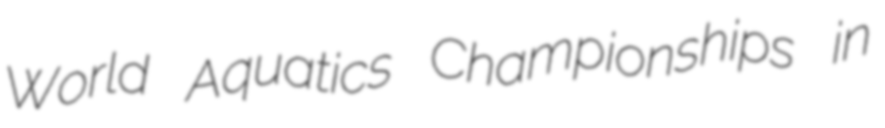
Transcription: World Aquatics Championships in